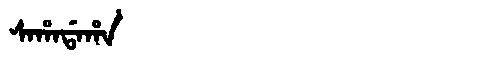
Manchu: ᠰᠠᡥᠠᡩᠠᡥᠠ
Romanization: SAHADAHA